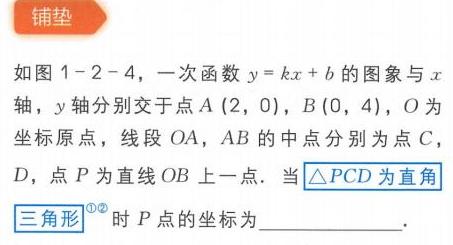
铺垫
如图1 - 2 - 4，一次函数\(y = kx + b\)的图象与\(x\)轴，\(y\)轴分别交于点\(A(2,0)\)，\(B(0,4)\)，\(O\)为坐标原点，线段\(OA\)，\(AB\)的中点分别为点\(C\)，\(D\)，点\(P\)为直线\(OB\)上一点. 当\(\triangle PCD\)为直角三角形<sup>\textcircled{1}\textcircled{2}</sup>时\(P\)点的坐标为_____________.